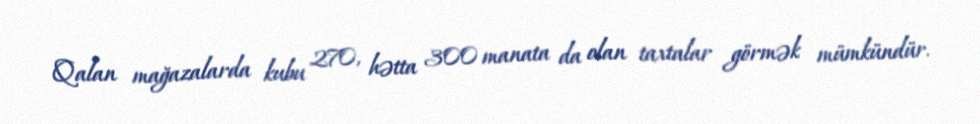
Qalan mağazalarda kubu 270, hətta 300 manata da olan taxtalar görmək mümkündür.